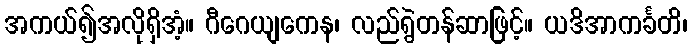
အကယ်၍အလိုရှိအံ့။ ဂီဂေယျကေန၊ လည်ရွဲတန်ဆာဖြင့်။ ယဒိအာကင်္ခတိ၊